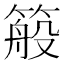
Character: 䈲